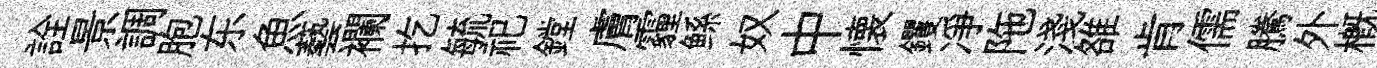
詮景調胞东魚藝襴扢毓祀鏜膚霾鲧奴中懐钁凈陁淺雒肯儒騰外概